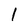
Character: 1